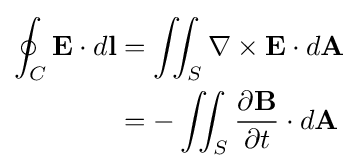
{\begin{aligned}\oint _{C}\mathbf {E} \cdot d\mathbf {l} &=\iint _{S}\nabla \times \mathbf {E} \cdot d\mathbf {A} \\&=-\iint _{S}{\frac {\partial \mathbf {B} }{\partial t}}\cdot d\mathbf {A} \end{aligned}}